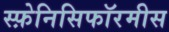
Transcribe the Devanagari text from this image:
स्फ़ेनिसिफॉरमीस